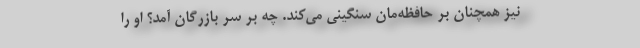
نیز همچنان بر حافظه‌مان سنگینی می‌کند.‌ چه بر سر بازرگان آمد؟ او را